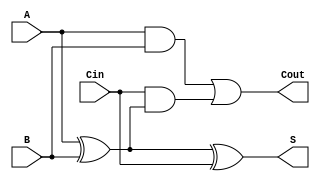
module FullAdder(
    input wire A,      // Input bit A
    input wire B,      // Input bit B
    input wire Cin,    // Carry-in bit
    output wire S,     // Sum output
    output wire Cout   // Carry-out output
);
    // Full adder logic
    assign S = A ^ B ^ Cin; // Sum output
    assign Cout = (A & B) | (Cin & (A ^ B)); // Carry-out output
endmodule